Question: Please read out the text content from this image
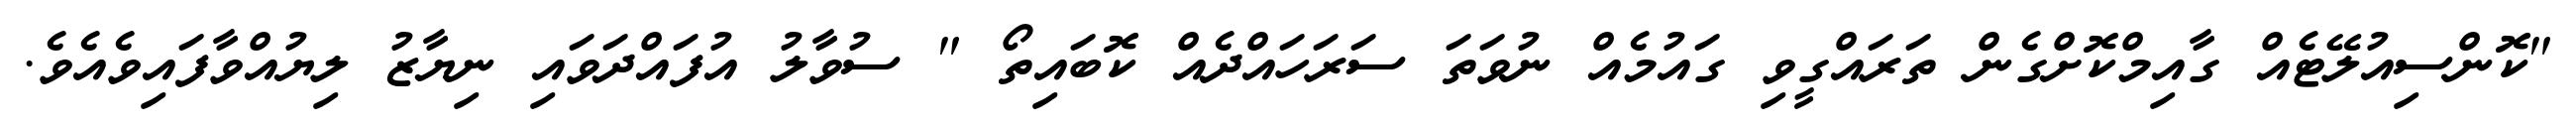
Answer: "ކޮންސިއުލޭޓެއް ގާއިމްކޮށްގެން ތަރައްގީވި ގައުމެއް ނުވަތަ ސަރަހައްދެއް ކޮބައިތޯ " ސުވާލު އުފައްދަވައި ނިޔާޒު ލިޔުއްވާފައިވެއެވެ.